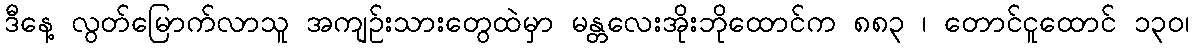
ဒီနေ့ လွတ်မြောက်လာသူ အကျဉ်းသားတွေထဲမှာ မန္တလေးအိုးဘိုထောင်က ၈၈၃ ၊ တောင်ငူထောင် ၁၃၀၊